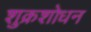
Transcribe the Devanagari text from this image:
शुक्रशोधन